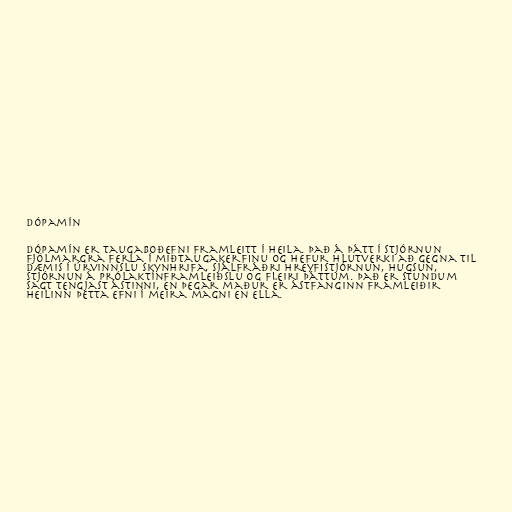
Dópamín

Dópamín er taugaboðefni framleitt í heila. Það á þátt í stjórnun
fjölmargra ferla í miðtaugakerfinu og hefur hlutverki að gegna til
dæmis í úrvinnslu skynhrifa, sjálfráðri hreyfistjórnun, hugsun,
stjórnun á prólaktínframleiðslu og fleiri þáttum. Það er stundum
sagt tengjast ástinni, en þegar maður er ástfanginn framleiðir
heilinn þetta efni í meira magni en ella.